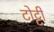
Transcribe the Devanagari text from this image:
टोट्टी